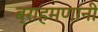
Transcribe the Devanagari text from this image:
ब्राहमणांनी